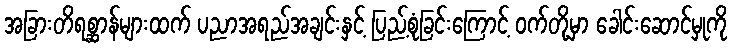
အခြားတိရစ္ဆာန်များထက် ပညာအရည်အချင်းနှင့် ပြည့်စုံခြင်းကြောင့် ဝက်တို့မှာ ခေါင်းဆောင်မှုကို